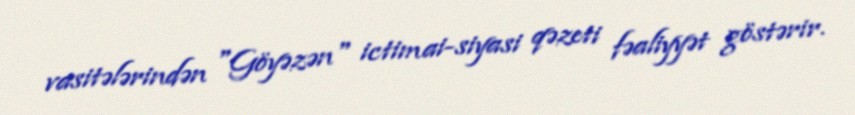
vasitələrindən "Göyəzən" ictimai-siyasi qəzeti fəaliyyət göstərir.